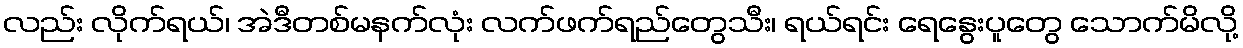
လည်း လိုက်ရယ်၊ အဲဒီတစ်မနက်လုံး လက်ဖက်ရည်တွေသီး၊ ရယ်ရင်း ရေနွေးပူတွေ သောက်မိလို့